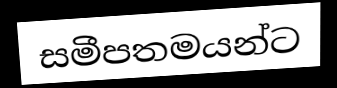
සමීපතමයන්ට